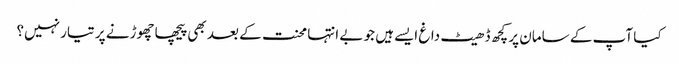
کیا آپ کے سامان پر کچھ ڈھیٹ داغ ایسےہیں جو بے انتہا محنت کے بعد بھی پیچھا چھوڑنے پر تیار نہیں؟